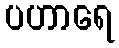
ပဟာရေ